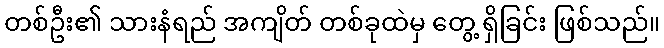
တစ်ဦး၏ သားနံရည် အကျိတ် တစ်ခုထဲမှ တွေ့ ရှိခြင်း ဖြစ်သည်။